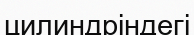
цилиндріндегі